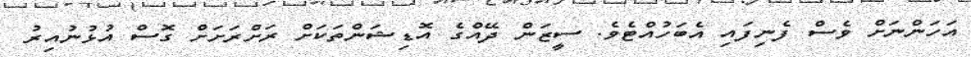
އަހަންނަށް ވެސް ފެނިފައި އެބަހުއްޓެވެ. ސީޒަން ދޭއްގެ އޮޑިޝަންތަކަށް ރަށްރަށަށް ގޮސް އުޅުނުއިރު